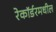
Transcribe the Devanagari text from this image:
रेकॉर्डरमधील